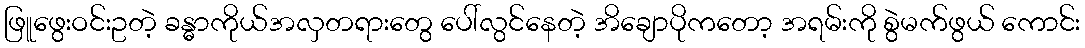
ဖြူဖွေးဝင်းဥတဲ့ ခန္ဓာကိုယ်အလှတရားတွေ ပေါ်လွင်နေတဲ့ အိချောပိုကတော့ အရမ်းကို စွဲမက်ဖွယ် ကောင်း